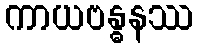
ကာယဗန္ဓနဿ